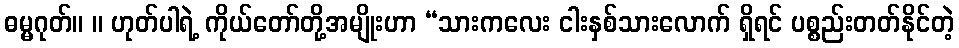
ဓမ္မဂုတ်။ ။ ဟုတ်ပါရဲ့ ကိုယ်တော်တို့အမျိုးဟာ “သားကလေး ငါးနှစ်သားလောက် ရှိရင် ပစ္စည်းတတ်နိုင်တဲ့